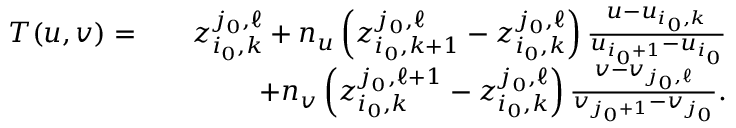
\begin{array} { r l r } { T ( u , v ) = } & { } & { z _ { i _ { 0 } , k } ^ { j _ { 0 } , \ell } + n _ { u } \left( z _ { i _ { 0 } , k + 1 } ^ { j _ { 0 } , \ell } - z _ { i _ { 0 } , k } ^ { j _ { 0 } , \ell } \right) \frac { u - u _ { i _ { 0 } , k } } { u _ { i _ { 0 } + 1 } - u _ { i _ { 0 } } } } \\ & { } & { + n _ { v } \left( z _ { i _ { 0 } , k } ^ { j _ { 0 } , \ell + 1 } - z _ { i _ { 0 } , k } ^ { j _ { 0 } , \ell } \right) \frac { v - v _ { j _ { 0 } , \ell } } { v _ { j _ { 0 } + 1 } - v _ { j _ { 0 } } } . } \end{array}